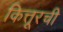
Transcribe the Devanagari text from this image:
कित्तूरची